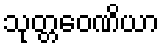
သုတ္တဝေဏိယာ